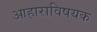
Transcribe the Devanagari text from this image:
आहाराविषयक